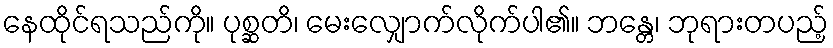
နေထိုင်ရသည်ကို။ ပုစ္ဆတိ၊ မေးလျှောက်လိုက်ပါ၏။ ဘန္တေ၊ ဘုရားတပည့်